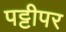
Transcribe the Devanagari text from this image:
पट्टीपर